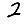
Digit: 2